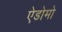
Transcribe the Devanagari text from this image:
ऐडोमो